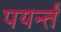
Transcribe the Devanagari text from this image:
पयर्न्तं